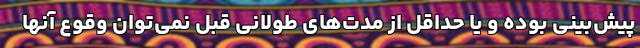
پیش‌بینی بوده و یا حداقل از مدت‌های طولانی قبل نمی‌توان وقوع آنها